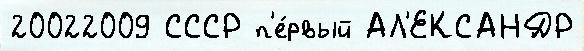
20022009 СССР п'е́рвый АЛ'ЕКСАНДР